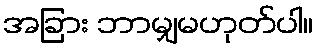
အခြား ဘာမျှမဟုတ်ပါ။